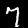
Label: 7